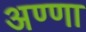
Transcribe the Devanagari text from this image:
अण्‍णा